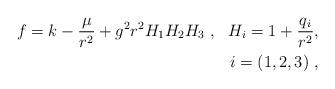
LaTeX: \begin{align*}f = k - {\mu \over r^2} + g^2 r^2 H_1H_2H_3 \ , \ \ H_i=1+{{q_i}\over r^2}, \\ i=(1,2,3)\ , \end{align*}